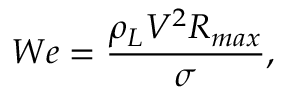
W e = { \frac { \rho _ { L } V ^ { 2 } R _ { m a x } } { \sigma } } ,